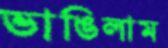
ভাঙিলাম